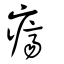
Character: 癠